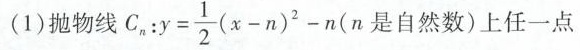
(1)抛物线C $$_{n}:y= \frac{1}{2}(x-n)^{2}-n(n$$ 是自然数)上任一点